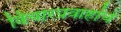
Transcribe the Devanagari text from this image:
विचारप्रवाहांचे